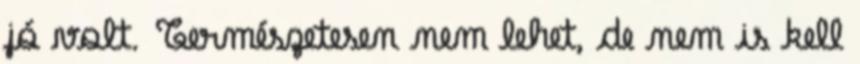
jó volt. Természetesen nem lehet, de nem is kell